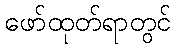
ဖော်ထုတ်ရာတွင်